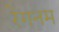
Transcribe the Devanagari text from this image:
रेगनम